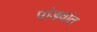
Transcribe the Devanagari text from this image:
पांडवांत